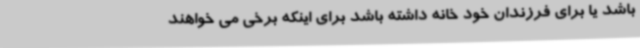
باشد یا برای فرزندان خود خانه داشته باشد برای اینکه برخی می خواهند